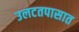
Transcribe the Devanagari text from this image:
उलटतपासात